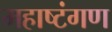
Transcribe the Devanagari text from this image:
महाष्टंगण